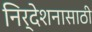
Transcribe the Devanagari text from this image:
निर्देशनासाठी